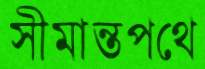
সীমান্তপথে